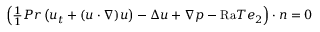
\begin{array} { r } { \left( \frac { 1 } { 1 } { { P r } } \left( u _ { t } + ( u \cdot \nabla ) u \right) - \Delta u + \nabla p - \mathrm { { R a } } T e _ { 2 } \right) \cdot n = 0 } \end{array}